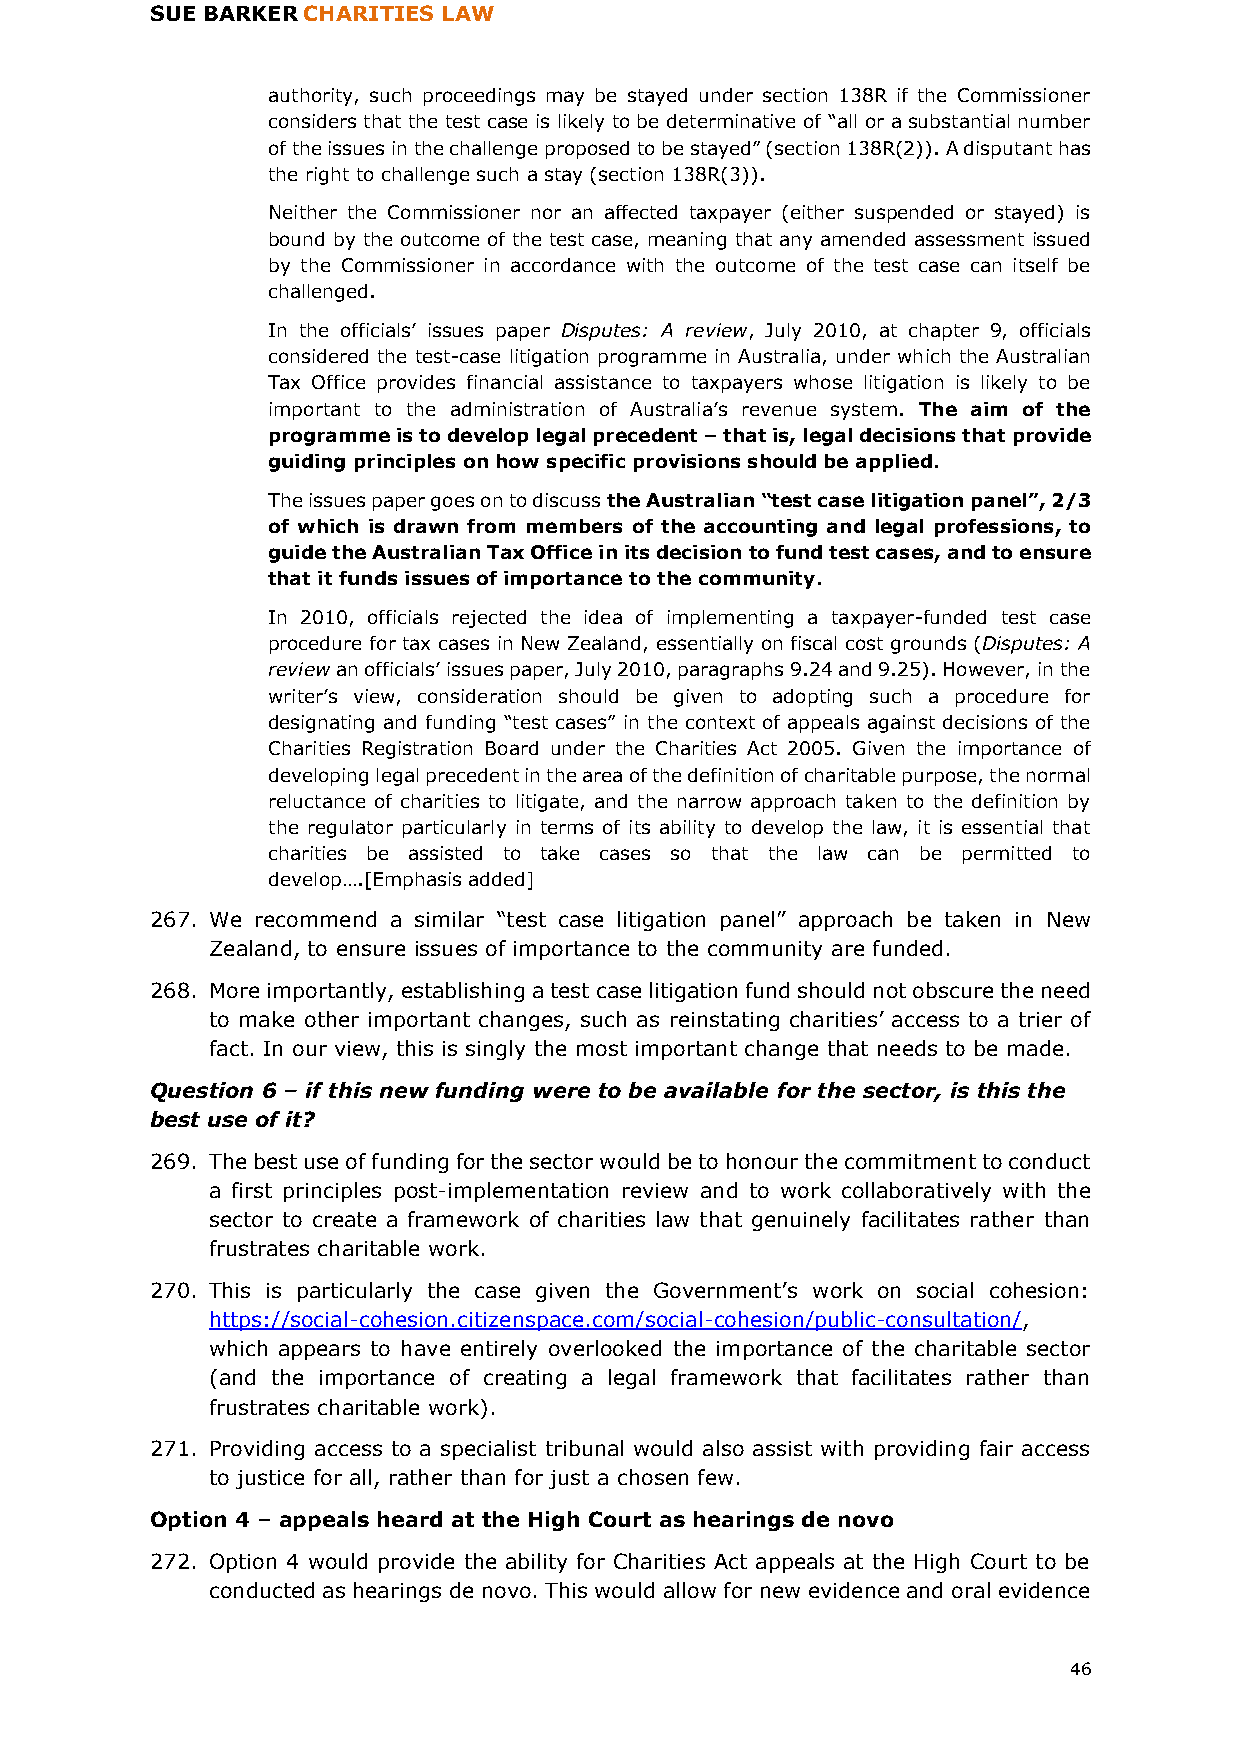
SUE BARKER CHARITIES LAW
 authority, such proceedings may be stayed under section 138R if the Commissioner
 considers that the test case is likely to be determinative of “all or a substantial number
 of the issues in the challenge proposed to be stayed” (section 138R(2)). A disputant has
 the right to challenge such a stay (section 138R(3)).
 Neither the Commissioner nor an affected taxpayer (either suspended or stayed) is
 bound by the outcome of the test case, meaning that any amended assessment issued
 by the Commissioner in accordance with the outcome of the test case can itself be
 challenged.
 In the officials’ issues paper Disputes: A review, July 2010, at chapter 9, officials
 considered the test-case litigation programme in Australia, under which the Australian
 Tax Office provides financial assistance to taxpayers whose litigation is likely to be
 important to the administration of Australia’s revenue system. The aim of the
 programme is to develop legal precedent – that is, legal decisions that provide
 guiding principles on how specific provisions should be applied.
 The issues paper goes on to discuss the Australian “test case litigation panel”, 2/3
 of which is drawn from members of the accounting and legal professions, to
 guide the Australian Tax Office in its decision to fund test cases, and to ensure
 that it funds issues of importance to the community.
 In 2010, officials rejected the idea of implementing a taxpayer-funded test case
 procedure for tax cases in New Zealand, essentially on fiscal cost grounds (Disputes: A
 review an officials’ issues paper, July 2010, paragraphs 9.24 and 9.25). However, in the
 writer’s view, consideration should be given to adopting such a procedure for
 designating and funding “test cases” in the context of appeals against decisions of the
 Charities Registration Board under the Charities Act 2005. Given the importance of
 developing legal precedent in the area of the definition of charitable purpose, the normal
 reluctance of charities to litigate, and the narrow approach taken to the definition by
 the regulator particularly in terms of its ability to develop the law, it is essential that
 charities be assisted to take cases so that the law can be permitted to
 develop….[Emphasis added]
 267. We recommend a similar “test case litigation panel” approach be taken in New
 Zealand, to ensure issues of importance to the community are funded.
 268. More importantly, establishing a test case litigation fund should not obscure the need
 to make other important changes, such as reinstating charities’ access to a trier of
 fact. In our view, this is singly the most important change that needs to be made.
 Question 6 – if this new funding were to be available for the sector, is this the
 best use of it?
 269. The best use of funding for the sector would be to honour the commitment to conduct
 a first principles post-implementation review and to work collaboratively with the
 sector to create a framework of charities law that genuinely facilitates rather than
 frustrates charitable work.
 270. This is particularly the case given the Government’s work on social cohesion:
 https://social-cohesion.citizenspace.com/social-cohesion/public-consultation/,
 which appears to have entirely overlooked the importance of the charitable sector
 (and the importance of creating a legal framework that facilitates rather than
 frustrates charitable work).
 271. Providing access to a specialist tribunal would also assist with providing fair access
 to justice for all, rather than for just a chosen few.
 Option 4 – appeals heard at the High Court as hearings de novo
 272. Option 4 would provide the ability for Charities Act appeals at the High Court to be
 conducted as hearings de novo. This would allow for new evidence and oral evidence
 46